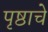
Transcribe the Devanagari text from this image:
पृष्ठाचे